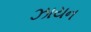
ઝાયન